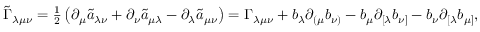
\begin{array} { r } { \widetilde \Gamma _ { \lambda \mu \nu } = \frac { 1 } { 2 } \left( \partial _ { \mu } \tilde { a } _ { \lambda \nu } + \partial _ { \nu } \tilde { a } _ { \mu \lambda } - \partial _ { \lambda } \tilde { a } _ { \mu \nu } \right) = \Gamma _ { \lambda \mu \nu } + b _ { \lambda } \partial _ { ( \mu } b _ { \nu ) } - b _ { \mu } \partial _ { [ \lambda } b _ { \nu ] } - b _ { \nu } \partial _ { [ \lambda } b _ { \mu ] } , } \end{array}